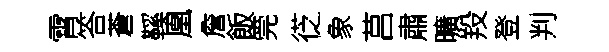
霄答蒼鞵凰詹飯筦徔象莒肅曠羖登判